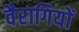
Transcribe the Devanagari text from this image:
वैरागियों